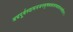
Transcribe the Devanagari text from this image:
अथपूर्वस्यामञजनबृषभध्वजपद्ममाल्यवद्गिरयः।